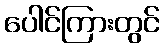
ပေါင်ကြားတွင်